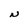
Character: N